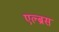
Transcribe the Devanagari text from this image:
एल्ब्रस